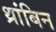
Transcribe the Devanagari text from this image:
थ्रांबिन